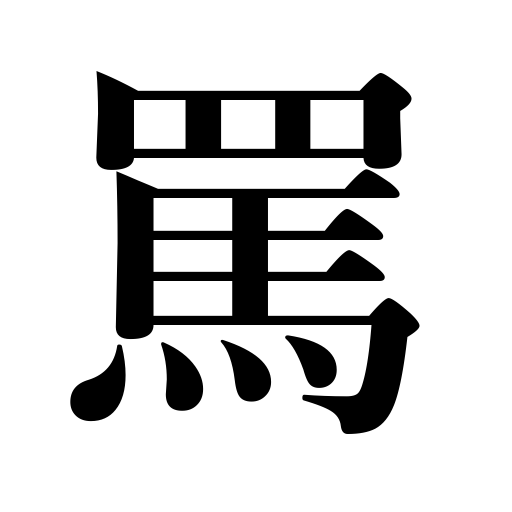
Meanings: abuse,speak ill of,insult